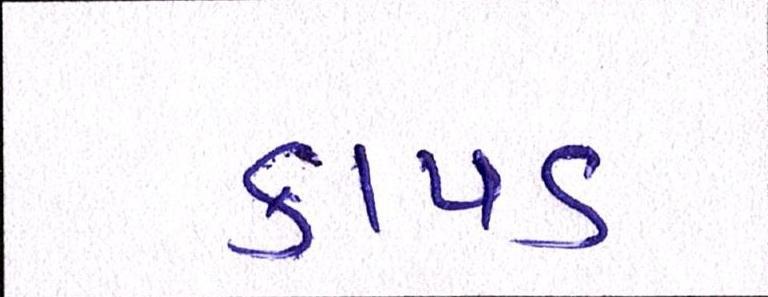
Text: કાપડ